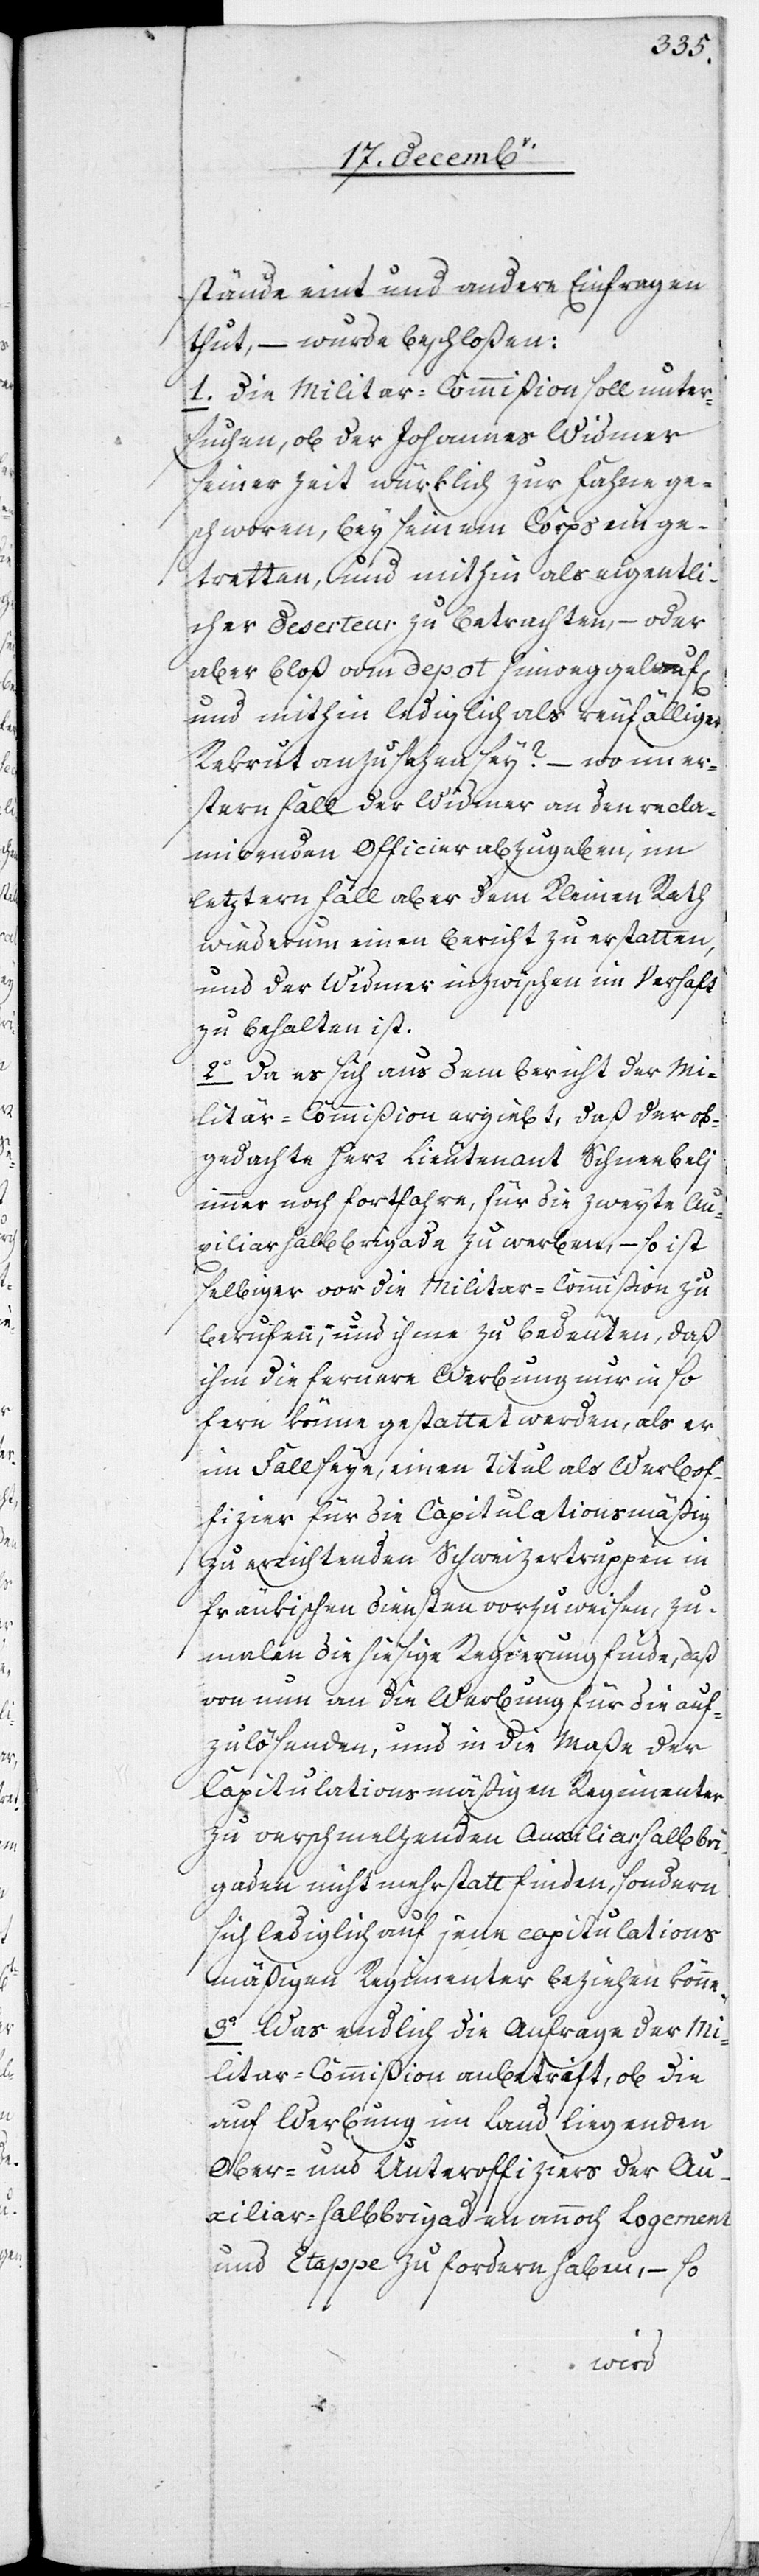
stände eint und andere Einfragen
thut, – wurde beschloßen:
1. Die Militar-Commißion soll unter¬
suchen, ob der Johannes Widmer
seiner Zeit würklich zur Fahne ge¬
schworen, bey seinem Corps einge¬
tretten, und mithin als eigentli¬
cher Deserteur zu betrachten, – oder
aber bloß vom Depot hinweg gelauf[en]
und mithin lediglich als reufälliger
Rekrut anzusehen sey? – wo im er¬
stern Fall der Widmer an den reclam¬
irenden Officier abzugeben, im
letztern Fall aber dem Kleinen Rath
wiederum einen Bericht zu erstatten,
und der Widmer inzwischen im Verhaft
zu behalten ist.
2. Da es sich aus dem Bericht der Mi¬
litär-Commißion ergiebt, daß der ob¬
gedachte Herr Lieutenant Schneebeli
immer noch fortfahre, für die zweyte Au¬
xiliarhalbbrigade zu werben, – so ist
selbiger vor die Militar-Commißion zu
berufen, und ihme zu bedeuten, daß
ihm die fernere Werbung nur in so
fern könne gestattet werden, als er
im Fall seye, einen Titul als Werbof¬
fizier für die Capitulationsmäßig
zu errichtenden Schweizertruppen in
fränkischen Diensten vorzuweisen, zu¬
malen die hiesige Regierung finde, daß
von nun an die Werbung für die auf¬
zulösenden, und in die Maße der
Capitulationsmäßigen Regimenter
zu verschmelzenden Auxiliarhalbbri¬
gaden nicht mehr stattfinden, sondern
sich lediglich auf jene capitulations¬
mäßigen Regimenter beziehen könne.
3. Was endlich die Anfrage der Mi¬
litar-Commißion anbetrifft, ob die
auf Werbung im Land liegenden
Ober- und Unteroffiziers der Au¬
xiliar-Halbbrigaden annoch Logement
und Etappe zu fordern haben, ‒ so